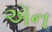
ઍન